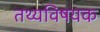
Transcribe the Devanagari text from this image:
तथ्यविषयक